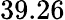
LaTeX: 39.26